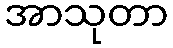
အာသုတာ